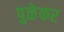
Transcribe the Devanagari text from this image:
पुळेकर